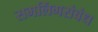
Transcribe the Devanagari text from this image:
समलिंगसंबंध